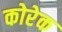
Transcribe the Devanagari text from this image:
कोरेक